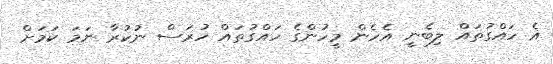
އެ ހައްގުތައް ލިބެނީ އެހެން މީހުންގެ ހައްގުތައް ހުރަސް ނުކުރާ ނަމަ ކަމަށް